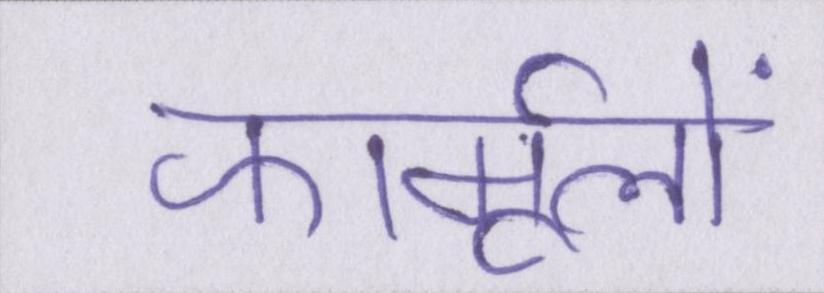
फार्मूलों